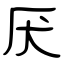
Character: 厌